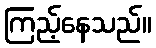
ကြည့်နေသည်။